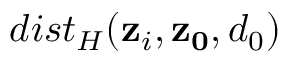
d i s t _ { H } ( \mathbf { z } _ { i } , \mathbf { z _ { 0 } } , d _ { 0 } )